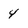
Character: 4